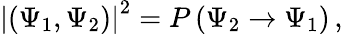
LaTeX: \left|(\Psi_{1},\Psi_{2})\right|^{2}=P\left(\Psi_{2}\rightarrow\Psi_{1}\right)\, ,